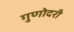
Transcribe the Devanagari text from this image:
गुणोदरी